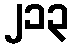
၂၁၃